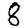
Digit: 8